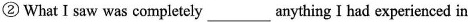
② What I saw was completely ___ anything I had experienced in